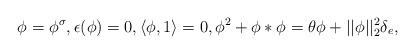
LaTeX: \begin{align*} \phi=\phi^\sigma,\epsilon(\phi)=0, \langle\phi,1\rangle=0,\phi^2+\phi*\phi=\theta\phi+||\phi||_2^2\delta_e,\end{align*}